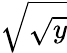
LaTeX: \sqrt{\sqrt{y}}